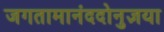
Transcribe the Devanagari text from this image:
जगतामानंददोनुज्ञया